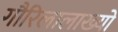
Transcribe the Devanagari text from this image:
गौरिलालाख्यो